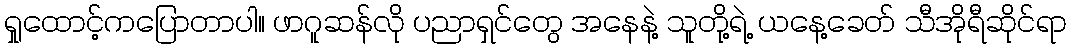
ရှုထောင့်ကပြောတာပါ။ ဖာဂူဆန်လို ပညာရှင်တွေ အနေနဲ့ သူတို့ရဲ့ ယနေ့ခေတ် သီအိုရီဆိုင်ရာ